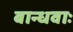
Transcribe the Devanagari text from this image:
बान्धवाः